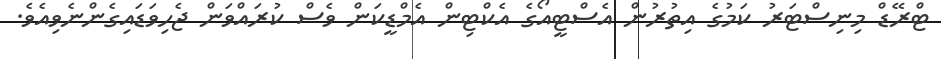
ޓްރޭޑް މިނިސްޓަރު ކަމުގެ އިތުރުން އެސްޓީއޯގެ އެކްޓިން އެމްޑީކަން ވެސް ކުރައްވަން ޖެހިވަޑައިގެންނެވިއެވެ.